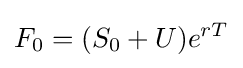
F_{0}=(S_{0}+U)e^{rT}